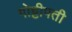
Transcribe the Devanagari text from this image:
गोट्टीपती